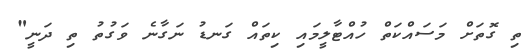
ތި ގޮތަށް މަސައްކަތް ހުއްޓާލީމައި ކިތައް ގަނޑު ނަގާނެ ވަގުތު ތި ދަނީ"